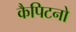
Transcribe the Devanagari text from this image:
कैपिटनो